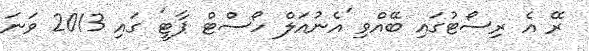
ރޭ އެ ރިސޯޓުގައި ބޭއްވި 'އެނުއަލް ހޯސްޓް ޕާޓީ' ގައި 2013 ވަނަ